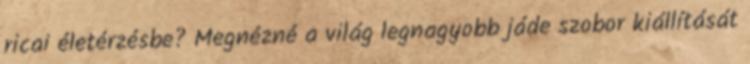
ricai életérzésbe? Megnézné a világ legnagyobb jáde szobor kiállítását